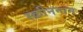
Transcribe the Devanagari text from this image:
स्क्रीननाम